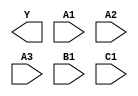
module sky130_fd_sc_ls__a311oi (
    Y ,
    A1,
    A2,
    A3,
    B1,
    C1
);

    output Y ;
    input  A1;
    input  A2;
    input  A3;
    input  B1;
    input  C1;

    // Voltage supply signals
    supply1 VPWR;
    supply0 VGND;
    supply1 VPB ;
    supply0 VNB ;

endmodule